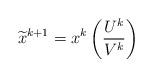
LaTeX: \begin{align*}\widetilde{x}^{k+1}=x^{k}\left(\frac{U^{k}}{V^{k}}\right)\end{align*}